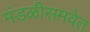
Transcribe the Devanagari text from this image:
मंडळीसमवेत